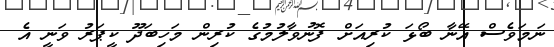
ނަމަވެސް އޭނާ ބޯޅަ ކުރިއަށް ފޮނުވާލުމުގެ ކުރިން މަހިބަދޫ ކީޕަރު ވަނީ އެ